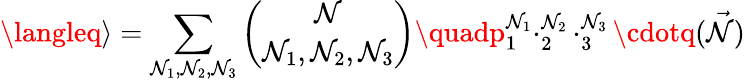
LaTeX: \langleq\rangle=\sum_{\mathcal{N}_{1},\mathcal{N}_{2},\mathcal{N}_{3}}\binom{\mathcal{N}}{\mathcal{N}_{1},\mathcal{N}_{2},\mathcal{N}_{3}}\quadp_{1}^{\mathcal{N}_{1}}\cdotp_{2}^{\mathcal{N}_{2}}\cdotp_{3}^{\mathcal{N}_{3}}\cdotq(\vec{{\mathcal{N}}})